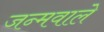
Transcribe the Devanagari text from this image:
जन्मवाले